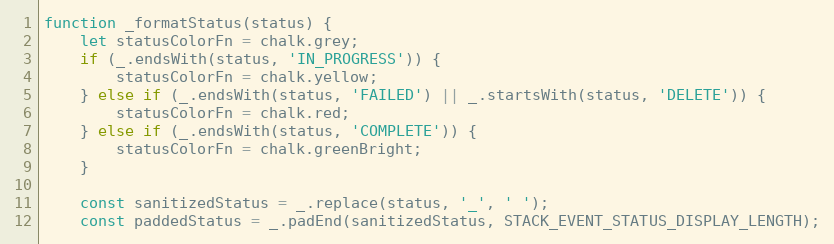
Language: JavaScript
function _formatStatus(status) {
    let statusColorFn = chalk.grey;
    if (_.endsWith(status, 'IN_PROGRESS')) {
        statusColorFn = chalk.yellow;
    } else if (_.endsWith(status, 'FAILED') || _.startsWith(status, 'DELETE')) {
        statusColorFn = chalk.red;
    } else if (_.endsWith(status, 'COMPLETE')) {
        statusColorFn = chalk.greenBright;
    }

    const sanitizedStatus = _.replace(status, '_', ' ');
    const paddedStatus = _.padEnd(sanitizedStatus, STACK_EVENT_STATUS_DISPLAY_LENGTH);